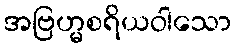
အဗြဟ္မစရိယဝါသော